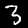
Digit: 3